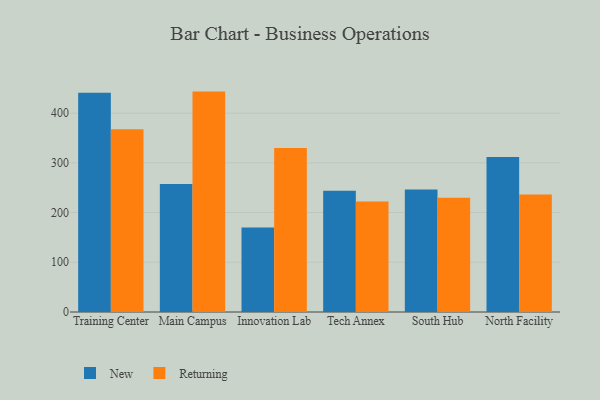
{"axis": {"x": "Campus", "y": "Bounce Rate (%)"}, "legend": ["New", "Returning"], "data": [{"x": "Training Center", "y": 440.8, "type": "New"}, {"x": "Training Center", "y": 367.5, "type": "Returning"}, {"x": "Main Campus", "y": 257.6, "type": "New"}, {"x": "Main Campus", "y": 443.3, "type": "Returning"}, {"x": "Innovation Lab", "y": 169.8, "type": "New"}, {"x": "Innovation Lab", "y": 330.0, "type": "Returning"}, {"x": "Tech Annex", "y": 243.9, "type": "New"}, {"x": "Tech Annex", "y": 222.3, "type": "Returning"}, {"x": "South Hub", "y": 246.3, "type": "New"}, {"x": "South Hub", "y": 229.6, "type": "Returning"}, {"x": "North Facility", "y": 311.8, "type": "New"}, {"x": "North Facility", "y": 236.4, "type": "Returning"}]}